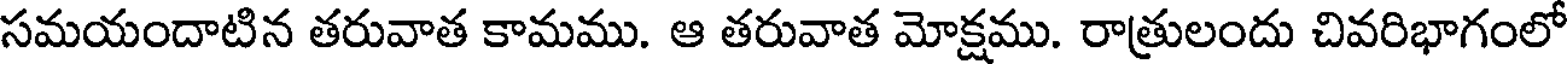
సమయందాటిన తరువాత కామము. ఆ తరువాత మోక్షము. రాత్రులందు చివరిభాగంలో